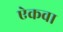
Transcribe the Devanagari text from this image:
ऐकवा